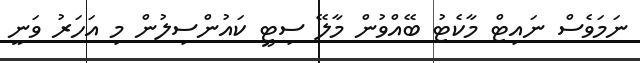
ނަމަވެސް ނައިޓް މާކެޓު ބޭއްވުން މާލޭ ސިޓީ ކައުންސިލުން މި އަހަރު ވަނީ